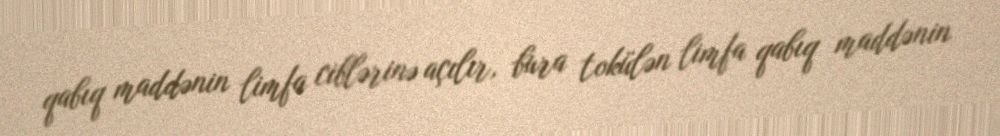
qabıq maddənin limfa ciblərinə açılır, bura tokülən limfa qabıq maddənin